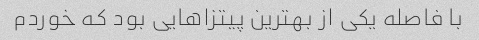
با فاصله یکی از بهترین پیتزاهایی بود که خوردم